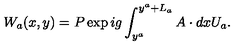
W _ { a } ( x , y ) = P \exp { i g \int _ { y ^ { a } } ^ { y ^ { a } + L _ { a } } A \cdot d x } U _ { a } .